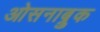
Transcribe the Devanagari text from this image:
ओसनाब्रुक